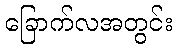
ခြောက်လအတွင်း